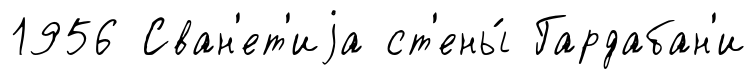
1956 Сван'ет'иjа ст'ены́ Гардабан'и